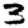
Digit: 3